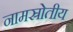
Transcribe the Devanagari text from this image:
नामस्रोतीय